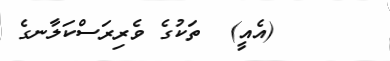
٤٤      (އެއީ)  ތަކުގެ ވެރިރަސްކަލާނގެ